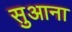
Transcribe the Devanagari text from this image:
सुआना